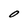
Character: O